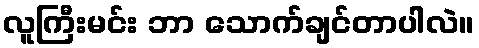
လူကြီးမင်း ဘာ သောက်ချင်တာပါလဲ။